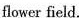
flower fiel, .